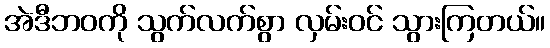
အဲဒီဘဝကို သွက်လက်စွာ လှမ်းဝင် သွားကြတယ်။